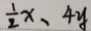
\frac { 1 } { 2 } x 、 4 y